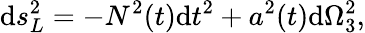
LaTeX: \mathrm{d}s_{L}^{2}=-N^{2}(t)\mathrm{d}t^{2}+a^{2}(t)\mathrm{d}\Omega_{3}^{2},